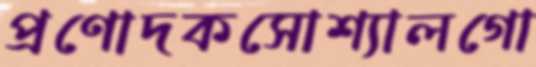
প্রণোদকসোশ্যালগো